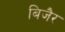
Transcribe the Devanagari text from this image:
बिजैर